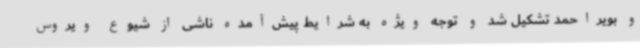
و بویراحمد تشکیل شد و توجه ویژه به شرایط پیش‌آمده ناشی از شیوع ویروس